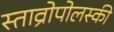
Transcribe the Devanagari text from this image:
स्ताव्रोपोलस्की